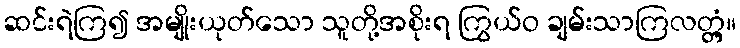
ဆင်းရဲကြ၍ အမျိုးယုတ်သော သူတို့အစိုးရ ကြွယ်ဝ ချမ်းသာကြလတ္တံ့။